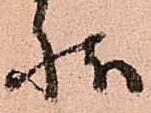
状